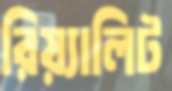
রিয়্যালিট